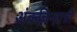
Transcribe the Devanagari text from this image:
अंकचिन्हाची